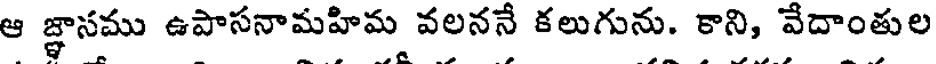
ఆ జ్ఞాసము ఉపాసనామహిమ వలననే కలుగును. కాని, వేదాంతుల